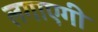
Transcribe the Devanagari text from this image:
लगाएगी